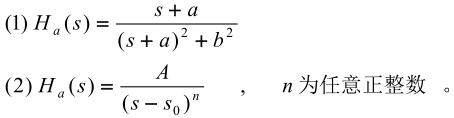
(1) $H_a(s)=\frac{s + a}{(s + a)^2 + b^2}$

(2) $H_a(s)=\frac{A}{(s - s_0)^n}\quad,\quad n\text{为任意正整数}$